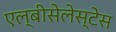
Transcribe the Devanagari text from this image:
एल्बीसेलेस्टेस